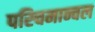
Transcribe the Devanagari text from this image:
पस्चिमान्चल